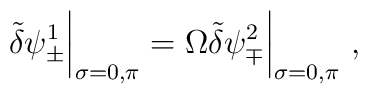
\tilde{\delta} \psi^1_\pm \bigg|_{\sigma =0, \pi}= \Omega \tilde{\delta} \psi^2_\mp \bigg|_{\sigma=0,\pi} ~,